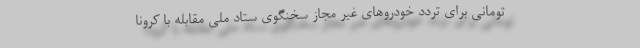
تومانی برای تردد خودرو‌های غیر مجاز سخنگوی ستاد ملی مقابله با کرونا